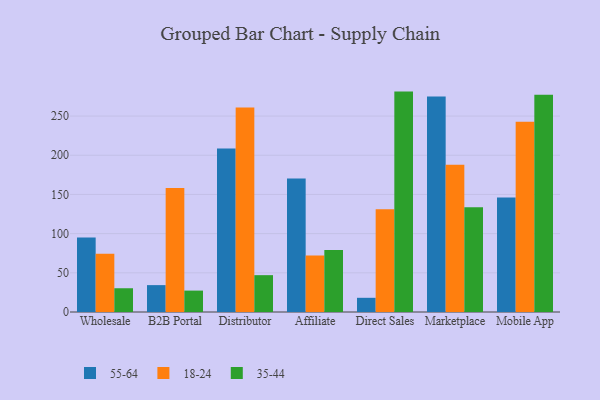
{"axis": {"x": "Channel", "y": "Page Views"}, "legend": ["18-24", "35-44", "55-64"], "data": [{"x": "Wholesale", "y": 95.0, "type": "55-64"}, {"x": "Wholesale", "y": 74.2, "type": "18-24"}, {"x": "Wholesale", "y": 30.3, "type": "35-44"}, {"x": "B2B Portal", "y": 34.3, "type": "55-64"}, {"x": "B2B Portal", "y": 158.3, "type": "18-24"}, {"x": "B2B Portal", "y": 27.3, "type": "35-44"}, {"x": "Distributor", "y": 208.7, "type": "55-64"}, {"x": "Distributor", "y": 260.8, "type": "18-24"}, {"x": "Distributor", "y": 47.0, "type": "35-44"}, {"x": "Affiliate", "y": 170.3, "type": "55-64"}, {"x": "Affiliate", "y": 72.1, "type": "18-24"}, {"x": "Affiliate", "y": 79.2, "type": "35-44"}, {"x": "Direct Sales", "y": 18.1, "type": "55-64"}, {"x": "Direct Sales", "y": 131.2, "type": "18-24"}, {"x": "Direct Sales", "y": 281.2, "type": "35-44"}, {"x": "Marketplace", "y": 275.1, "type": "55-64"}, {"x": "Marketplace", "y": 188.0, "type": "18-24"}, {"x": "Marketplace", "y": 133.8, "type": "35-44"}, {"x": "Mobile App", "y": 146.2, "type": "55-64"}, {"x": "Mobile App", "y": 242.7, "type": "18-24"}, {"x": "Mobile App", "y": 277.1, "type": "35-44"}]}